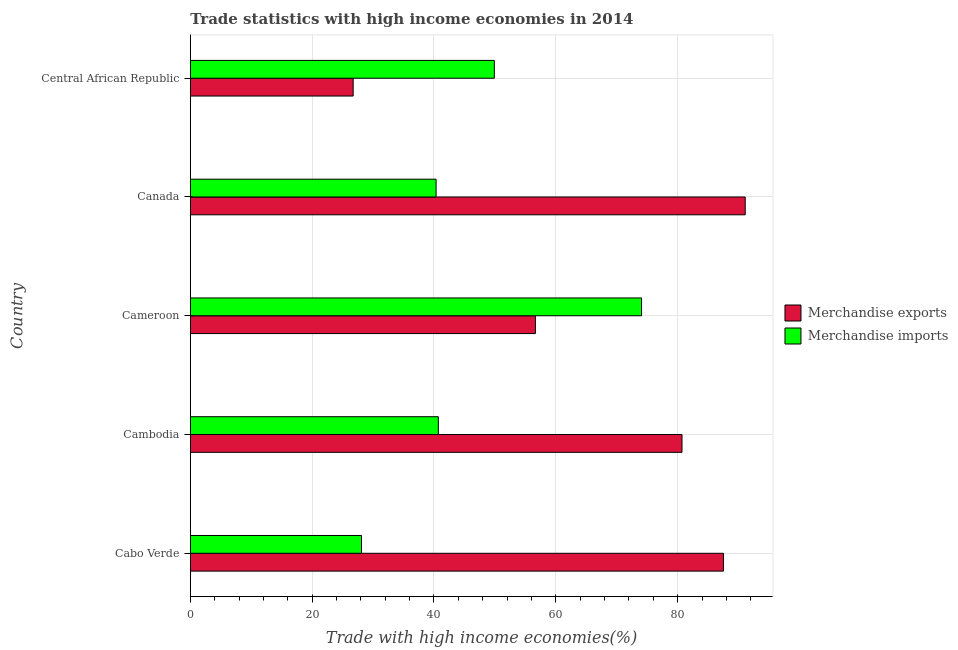
| Country | Merchandise exports | Merchandise imports |
 | --- | --- | --- |
 | Cabo Verde | 87.5 | 28.1 |
 | Cambodia | 80.7 | 40.7 |
 | Cameroon | 56.7 | 74.1 |
 | Canada | 91.1 | 40.3 |
 | Central African Republic | 26.7 | 49.9 |